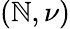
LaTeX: (\mathbb{N},\nu)